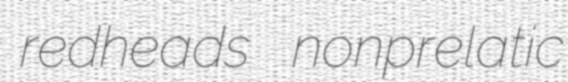
redheads nonprelatic